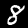
Digit: 8